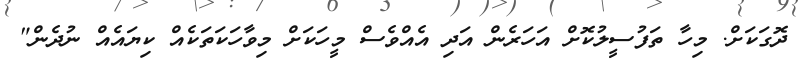
ދޮގަކަށް. މިހާ ތަފުސީލުކޮށް އަހަރެން އަދި އެއްވެސް މީހަކަށް މިވާހަކަތަކެއް ކިޔައެއް ނުދެން"